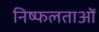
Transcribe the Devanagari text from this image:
निष्फलताओं